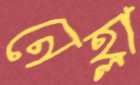
নেহ্লা